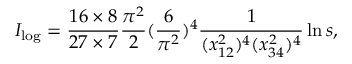
I _ { \log } = \frac { 1 6 \times 8 } { 2 7 \times 7 } \frac { \pi ^ { 2 } } { 2 } ( \frac { 6 } { \pi ^ { 2 } } ) ^ { 4 } \frac { 1 } { ( x _ { 1 2 } ^ { 2 } ) ^ { 4 } ( x _ { 3 4 } ^ { 2 } ) ^ { 4 } } \ln s ,